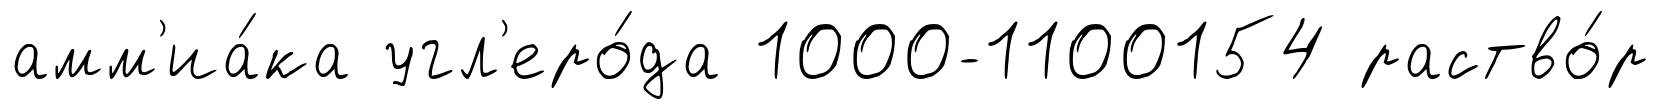
амм'иа́ка угл'еро́да 1000-1100154 раство́р